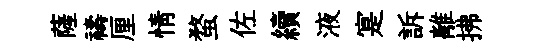
薩禱厘情蝥佐續液寔訴離拂